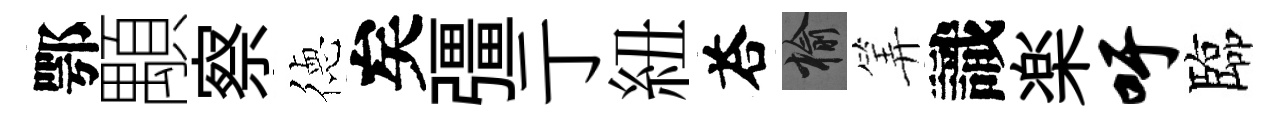
鄂顒察徳矣彊亍紐荅榆筭識楽吁臨